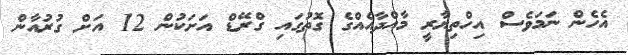
އެހެން ނަމަވެސް އިހްތިޔާރީ މާއްދާއެއްގެ ގޮތުގައި ގްރޭޑް އަށަކުން 12 އަށް ގުރުއާން